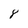
Character: 8